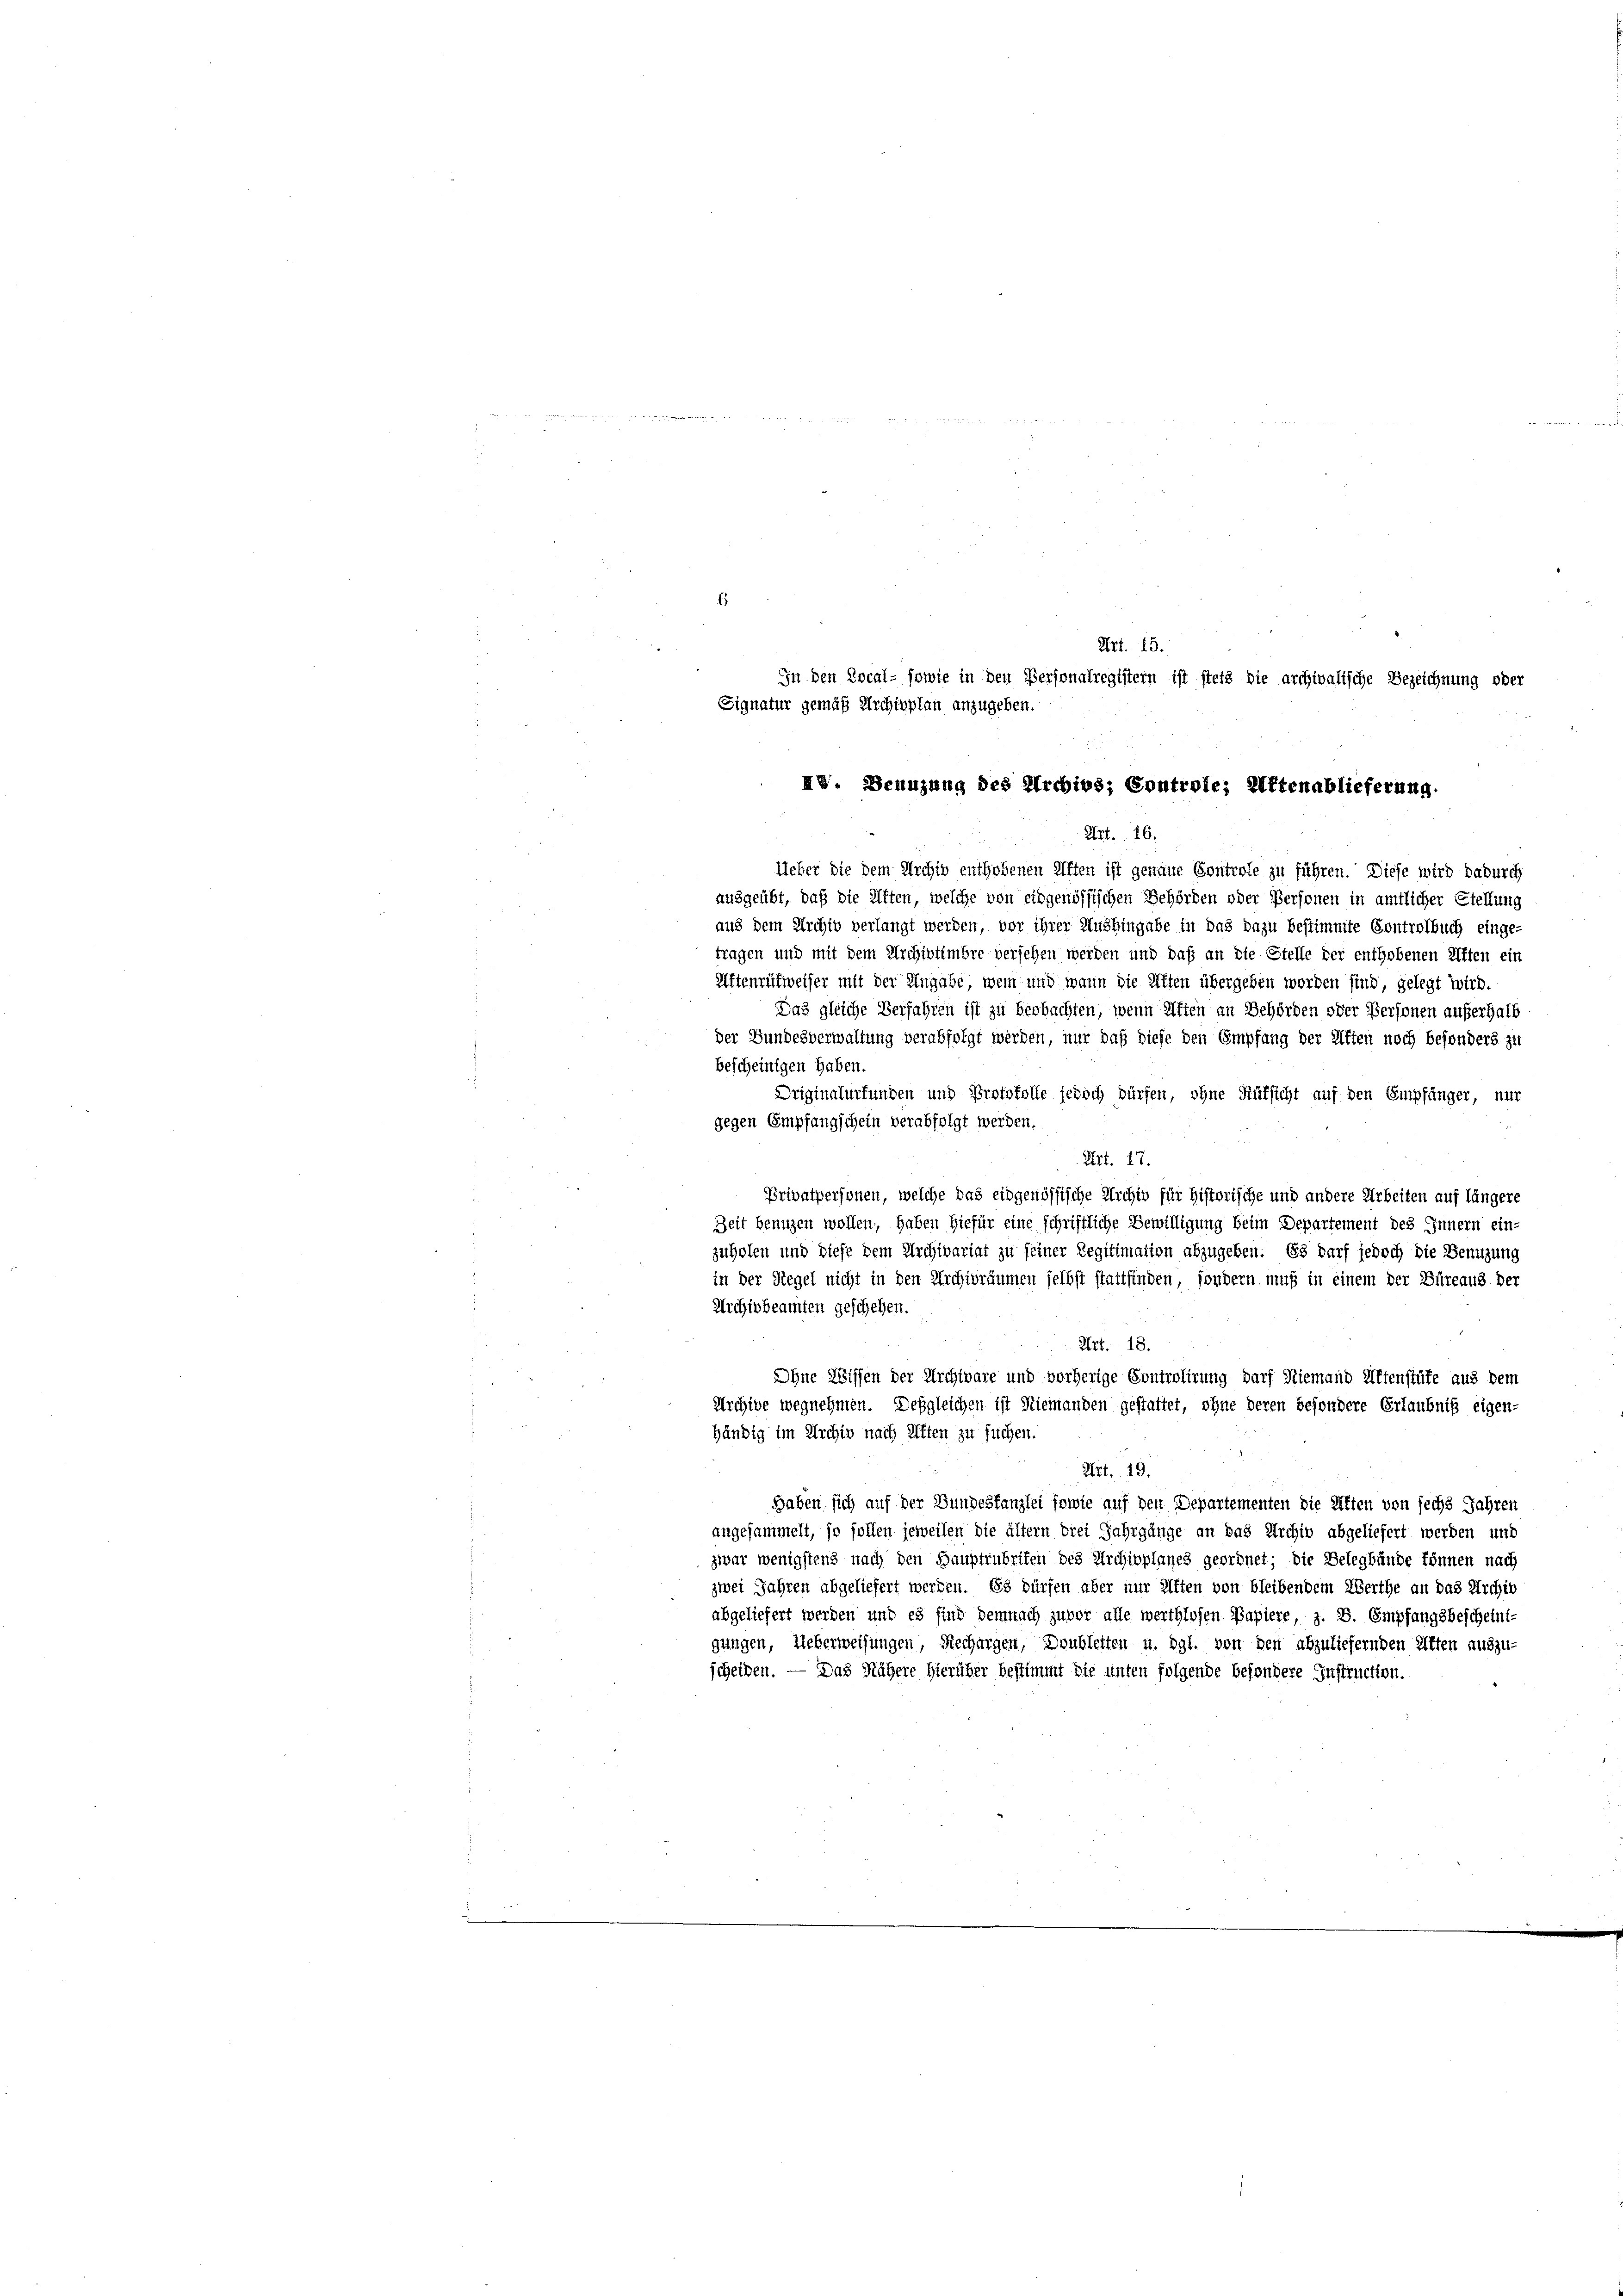
Art. 26.
Ueber die dem Archiv enthobenen Aften ist genaue Controle zu führen. Diese wird dadurch
ausgeübt, daß die Alften, welche von eidgenössischen Behörden oder Personen in amtlicher Stellung
aus dem Archiv verlangt werden, vor ihrer Aushingabe in das dazu bestimmte Controlbuch einge-
tragen und mit dem Archivtimbre versehen werden und daß an die Stelle der enthobenen Aften ein
Aftenrüfweiser mit der Angabe, wem und wann die Alten übergeben worden sind, gelegt wird.
Das gleiche Verfahren ist zu beobachten, wenn Aften an Behörden oder Personen auferhalb
der Bundesverwaltung verabfolgt werden, nur daß diese den Empfang der Aften noch besonders zu
bescheinigen haben.
Driginalurfunden und Protokolle jedoch dürfen, ohne Rüksicht auf den Empfänger, nur
gegen Empfangschein verabfolgt werden.
Art. 17.
Privatpersonen, welche das eidgenössische Archiv für historische und andere Arbeiten auf längere
Zeit benuzen wollen, haben hiefür eine schriftliche Bewilligung beim Departement des Innern ein-
zuholen und diese dem Archivariat zu seiner Legitimation abzugeben. Es darf jedoch die Benuzung
in der Regel nicht in den Archivräumen selbst stattfinden, sondern muß in einem der Büreaus der
Archivbeamten geschehen.
Art. 18.
Dhne Wissen der Archivare und vorherige Controlirung darf Niemand Altenstüte aus dem
Archive wegnehmen. Desgleichen ist Niemanden gestattet, ohne deren besondere Erlaubniß eigen-
händig im Archiv nach Alften zu suchen.
Art. 19.
Haben sich auf der Bundestanzlei sowie auf den Departementen die Alten von sechs Jahren
angesammelt, so sollen jeweilen die ältern drei Jahrgänge an das Archiv abgeliefert werden und
zwar wenigstens nach den Hauptrubrifen des Archioplanes geordnet; die Belegbände können nach
zwei Jahren abgeliefert werden. Es dürfen aber nur Alten von bleibendem Werthe an das Archiv
abgeliefert werden und es sind demnach zuvor alle werthlosen Papiere, z. B. Empfangsbescheinigungen, Ueberweisungen, Rechargen, Doubletten u. dgl. von den abzuliefernden Affen auszu-
scheiden. — Das Nähere Hierüber bestimmt die unten folgende besondere Instruction.

Art. 15.
In den Local- sowie in den Personalregistern ist stets die archivalische Bezeichnung oder
Signatur gemäß Archipplan anzugeben.
48. Dennzung des Archivs; Controle; Aftenablieferung.